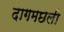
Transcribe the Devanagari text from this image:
दागमछली